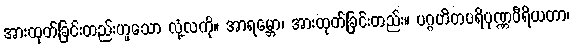
အားထုတ်ခြင်းတည်းဟူသော လုံ့လကို။ အာရမ္ဘော၊ အားထုတ်ခြင်းတည်း။ ပဂ္ဂဟိတပရိပုဏ္ဏဝီရိယတာ၊